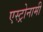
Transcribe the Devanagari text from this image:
एस्ट्रोनामी